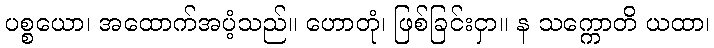
ပစ္စယော၊ အထောက်အပံ့သည်။ ဟောတုံ၊ ဖြစ်ခြင်းငှာ။ န သက္ကောတိ ယထာ၊